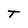
Character: T